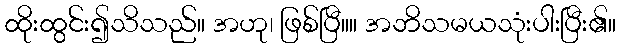
ထိုးထွင်း၍သိသည်။ အဟု၊ ဖြစ်ပြီ။။ အဘိသမယသုံးပါးပြီး၏။